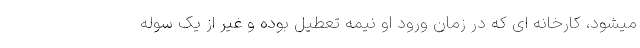
میشود، کارخانه ای که در زمان ورود او نیمه تعطیل بوده و غیر از یک سوله